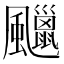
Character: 𩙑